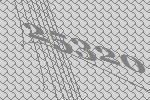
25320